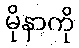
မိုနာကို